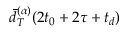
\Bar { d } _ { T } ^ { ( \alpha ) } ( 2 t _ { 0 } + 2 \tau + t _ { d } )